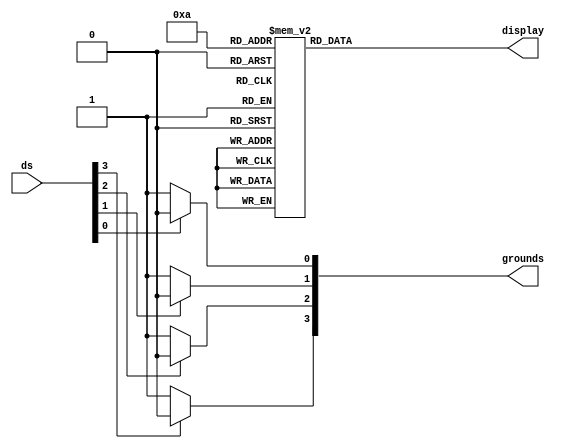
module ssegment_disp(ds, grounds, display);

output reg [6:0] display;
output reg [3:0] grounds;
input [3:0] ds;
reg [3:0] data;

always @(*)
	begin
		if(ds[0]==1)
			grounds[0]=0;
		else
			grounds[0]=1;
			
		if(ds[1]==1)
			grounds[1]=0;
		else
			grounds[1]=1;
			
		if(ds[2]==1)
			grounds[2]=0;
		else
			grounds[2]=1;
			
		if(ds[3]==1)
			grounds[3]=0;
		else
			grounds[3]=1;
	end

always @*
begin
	case(data)
		0:display=7'b1111110; //starts with a, ends with g
		1:display=7'b0110000;
		2:display=7'b1101101;
		3:display=7'b1111001;
		4:display=7'b0110011;
		5:display=7'b1011011;
		6:display=7'b1011111;
		7:display=7'b1110000;
		8:display=7'b1111111;
		9:display=7'b1111011;
		'ha:display=7'b1110111;
		'hb:display=7'b0011111;
		'hc:display=7'b1001110;
		'hd:display=7'b0111101;
		'he:display=7'b1001111;
		'hf:display=7'b1000111;
		default display=7'b1111111;
	endcase	
end

initial begin
data[0] = 1'ha;
data[1] = 1'hb;
data[2] = 1'hc;
data[3] = 1'hd;
end

endmodule